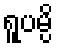
ရူပမ္ပိ